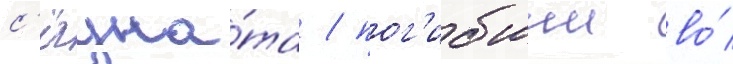
с'ёгуна́та / пог'ибшии во́